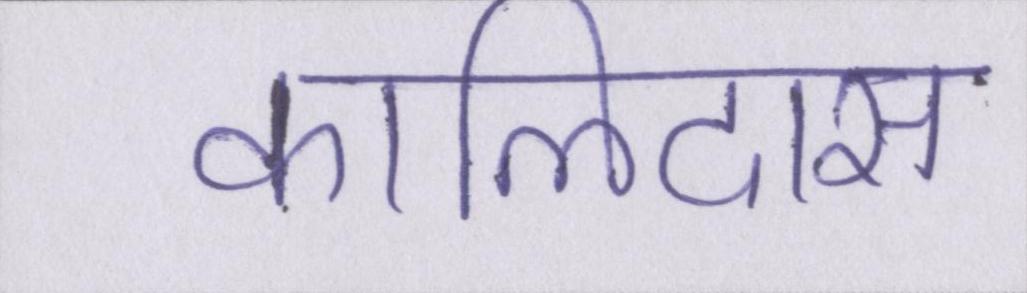
कालिदास